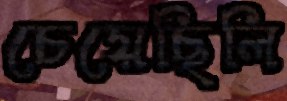
চেয়েছিলি